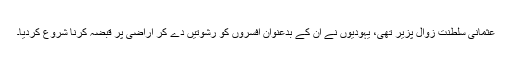
عثمانی سلطنت زوال پزیر تھی، یہودیوں نے ان کے بدعنوان افسروں کو رشوتیں دے کر اراضی پر قبضہ کرنا شروع کردیا۔